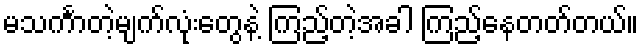
မသင်္ကာတဲ့မျက်လုံးတွေနဲ့ ကြည့်တဲ့အခါ ကြည့်နေတတ်တယ်။